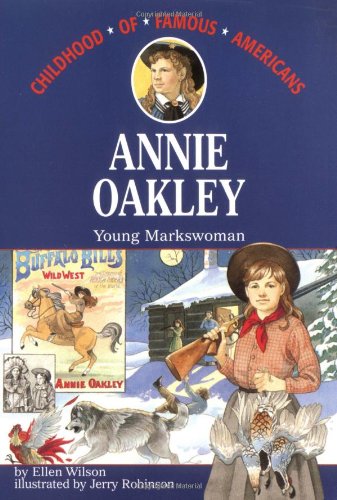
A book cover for Annie Oakley: Young Markswoman (Childhood of Famous Americans); Ellen Wilson; Children's Books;